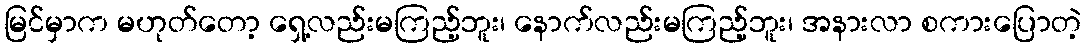
မြင်မှာက မဟုတ်တော့ ရှေ့လည်းမကြည့်ဘူး၊ နောက်လည်းမကြည့်ဘူး၊ အနားလာ စကားပြောတဲ့